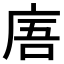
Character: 𢈪